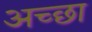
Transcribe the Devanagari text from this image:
अच्छा